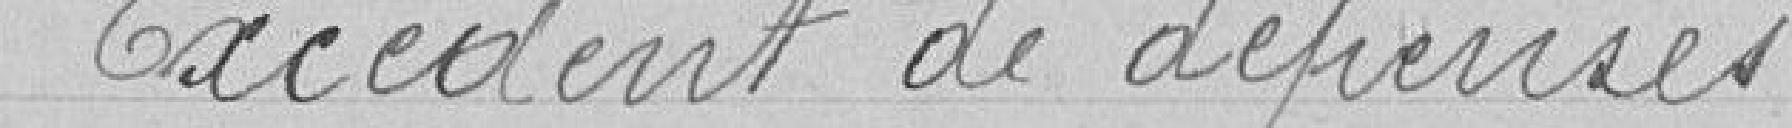
Excédent de dépenses